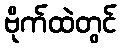
ဗိုက်ထဲတွင်